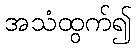
အသံထွက်၍